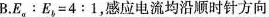
B. $$ E_{a}：E_{b}=4:1 $$，感应电流均沿顺时针方向